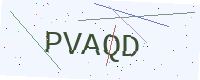
Text: PVAQD